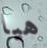
هيا